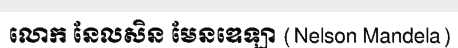
លោក នែលសិន មែនឌេឡា (Nelson Mandela)